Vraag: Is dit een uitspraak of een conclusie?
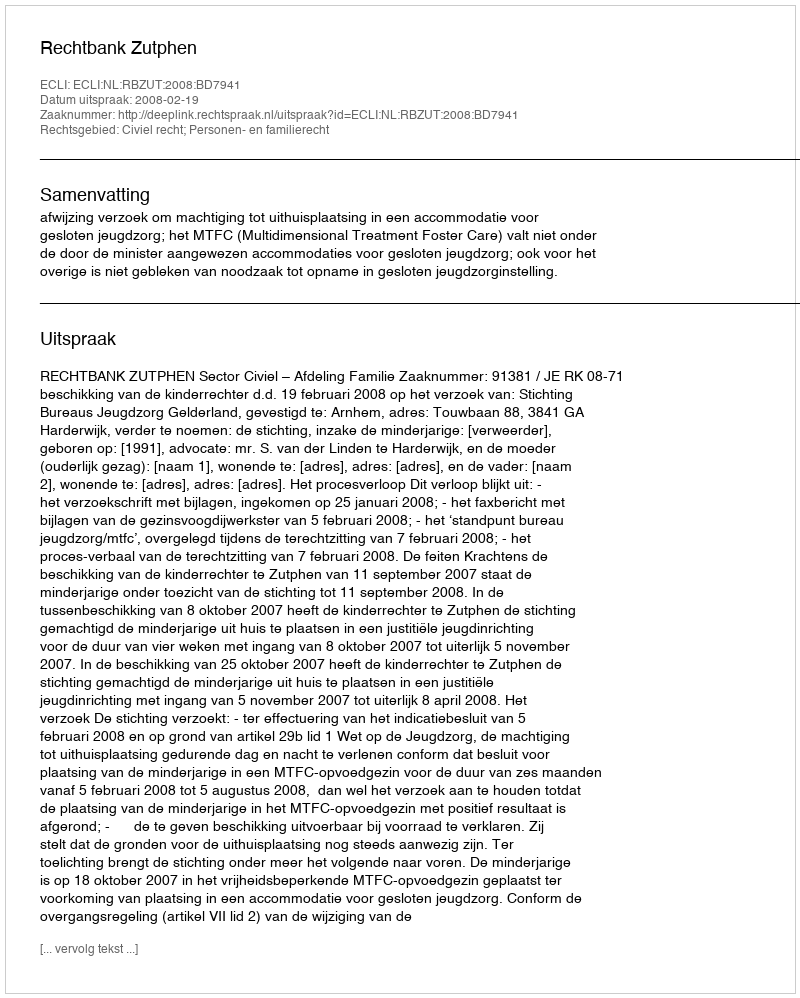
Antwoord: Uitspraak